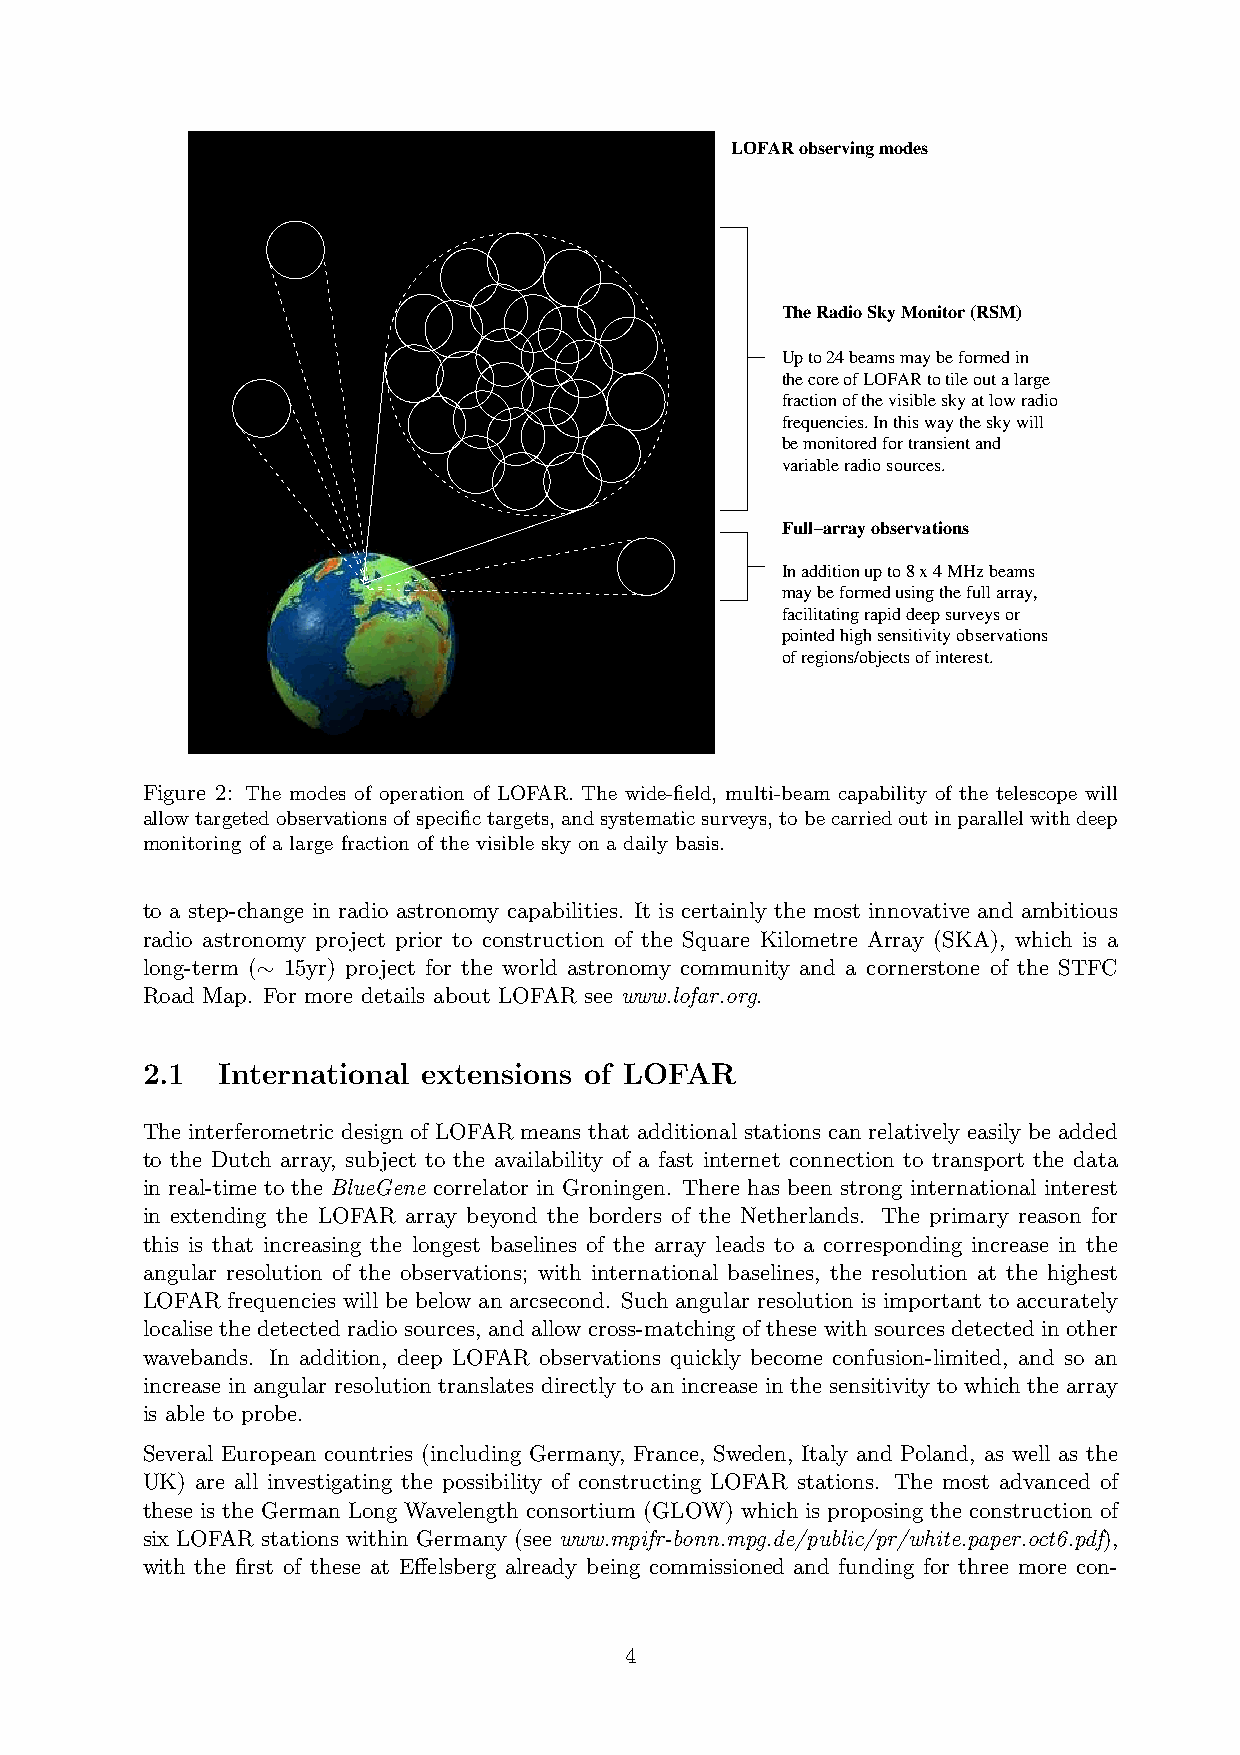
LOFAR observing modes
 The Radio Sky Monitor (RSM)
 Up to 24 beams may be formed in
 the core of LOFAR to tile out a large
 fraction of the visible sky at low radio
 frequencies. In this way the sky will
 be monitored for transient and
 variable radio sources.
 Full−array observations
 In addition up to 8 x 4 MHz beams
 may be formed using the full array,
 facilitating rapid deep surveys or
 pointed high sensitivity observations
 of regions/objects of interest.
 Figure 2: The modes of operation of LOFAR. The wide-field, multi-beam capability of the telescope will
 allowtargetedobservationsofspecifictargets,andsystematicsurveys,tobecarriedoutinparallelwithdeep
 monitoring of a large fraction of the visible sky on a daily basis.
 to a step-change in radio astronomy capabilities. It is certainly the most innovative and ambitious
 radio astronomy project prior to construction of the Square Kilometre Array (SKA), which is a
 long-term ( 15yr) project for the world astronomy community and a cornerstone of the STFC
 ∼
 Road Map. For more details about LOFAR see www.lofar.org.
 2.1   International extensions of LOFAR
 The interferometric design of LOFAR means that additional stations can relatively easily be added
 to the Dutch array, subject to the availability of a fast internet connection to transport the data
 in real-time to the BlueGene correlator in Groningen. There has been strong international interest
 in extending the LOFAR array beyond the borders of the Netherlands. The primary reason for
 this is that increasing the longest baselines of the array leads to a corresponding increase in the
 angular resolution of the observations; with international baselines, the resolution at the highest
 LOFAR frequencies will be below an arcsecond. Such angular resolution is important to accurately
 localisethedetectedradiosources, andallowcross-matchingofthesewithsourcesdetectedinother
 wavebands. In addition, deep LOFAR observations quickly become confusion-limited, and so an
 increase in angular resolution translates directly to an increase in the sensitivity to which the array
 is able to probe.
 Several European countries (including Germany, France, Sweden, Italy and Poland, as well as the
 UK) are all investigating the possibility of constructing LOFAR stations. The most advanced of
 these is the German Long Wavelength consortium (GLOW) which is proposing the construction of
 six LOFAR stations within Germany (see www.mpifr-bonn.mpg.de/public/pr/white.paper.oct6.pdf),
 with the first of these at Effelsberg already being commissioned and funding for three more con-
 4